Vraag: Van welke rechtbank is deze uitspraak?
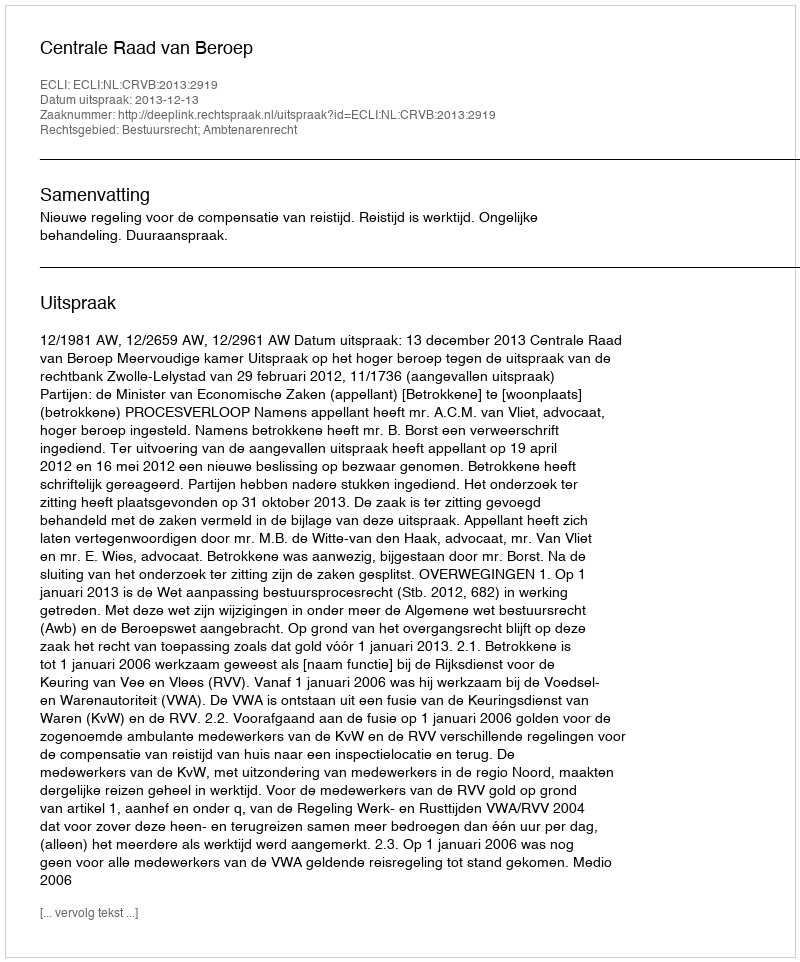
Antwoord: Centrale Raad van Beroep